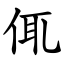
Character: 㑙